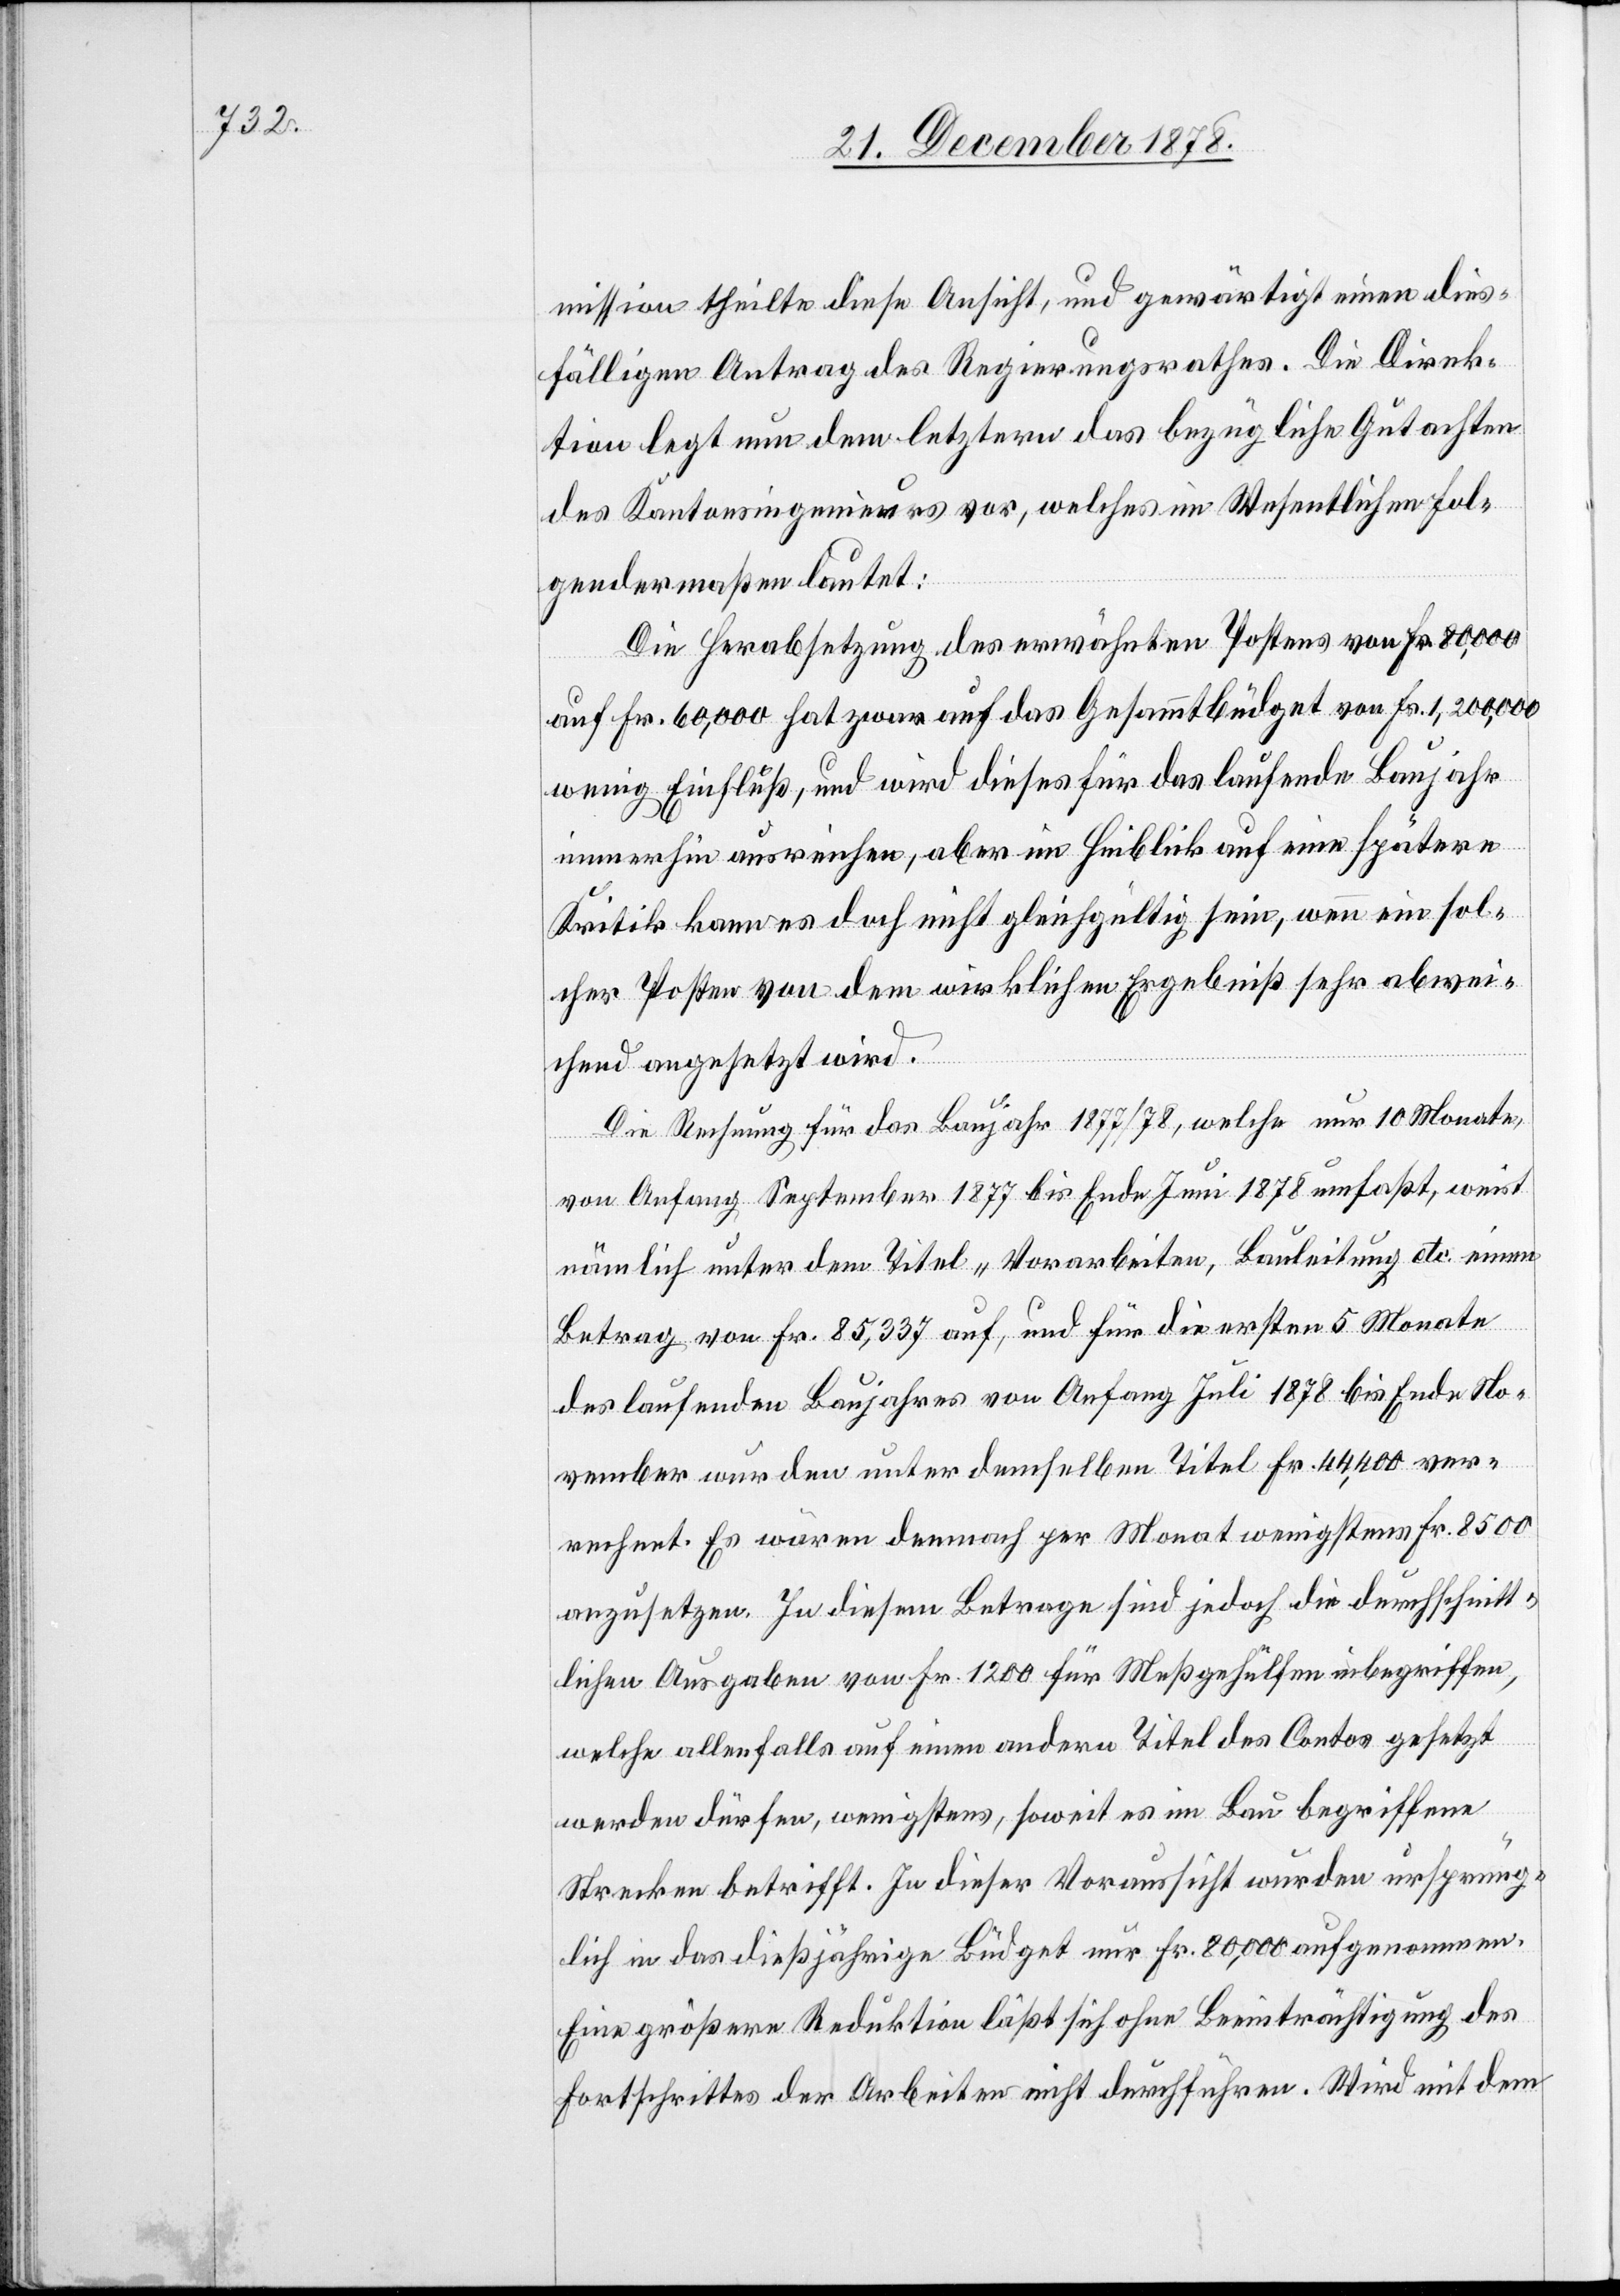
mission theilte diese Ansicht, und gewärtigt einen dies¬
fälligen Antrag des Regierungsrathes. Die Direk¬
tion legt nun dem letztern das bezügliche Gutachten
des Kantonsingenieurs vor, welches im Wesentlichen fol¬
gendermaßen lautet:
Die Herabsetzung des erwähnten Postens von Fr. 80,000
auf Fr. 60,000 hat zwar auf das Gesammtbüdget von Fr. 1,200,000
wenig Einfluß, und wird dieses für das laufende Baujahr
immerhin ausreichen, aber im Hinblick auf eine spätere
Kritik kann es doch nicht gleichgültig sein, wenn ein sol¬
cher Posten von dem wirklichen Ergebniß sehr abwei¬
chend angesetzt wird.
Die Rechnung für das Baujahr 1877/78, welche nur 10 Monate,
von Anfang September 1877 bis Ende Juni 1878 umfaßt, weist
nämlich unter dem Titel „Vorarbeiten, Bauleitung etc.“ einen
Betrag von Fr. 85,337 auf, und für die ersten 5 Monate
des laufenden Baujahres von Anfang Juli 1878 bis Ende No¬
vember wurden unter demselben Titel Fr. 44,400 ver¬
rechnet. Es wären demnach per Monat wenigstens Fr. 8500
anzusetzen. In diesem Betrage sind jedoch die durchschnitt¬
lichen Ausgaben von Fr. 1200 für Meßgehülfen inbegriffen,
welche allenfalls auf einen andern Titel des Contos gesetzt
werden dürfen, wenigstens, soweit es im Bau begriffene
Strecken betrifft. In dieser Voraussicht wurden ursprüng¬
lich in das dießjährige Büdget nur Fr. 80,000 aufgenommen.
Eine größere Reduktion läßt sich ohne Beeinträchtigung des
Fortschrittes der Arbeiter nicht durchführen. Wird mit dem